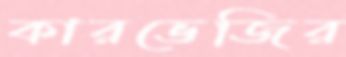
কারভেজির